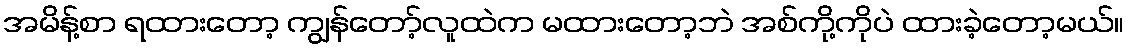
အမိန့်စာ ရထားတော့ ကျွန်တော့်လူထဲက မထားတော့ဘဲ အစ်ကို့ကိုပဲ ထားခဲ့တော့မယ်။